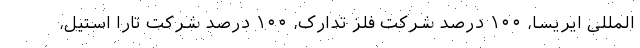
المللی ایریسا، ۱۰۰ درصد شرکت فلز تدارک، ۱۰۰ درصد شرکت تارا استیل،